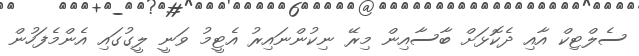
ސެލްޓިކް އާއި ދެކޮޅަށް ބާސާއިން މިރޭ ނިކުންނައިރު އެޓީމު ވަނީ ލީގުގައި އެންމެފަހުން